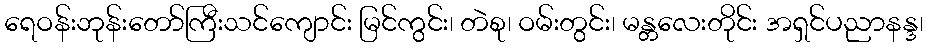
ရေဝန်းဘုန်းတော်ကြီးသင်ကျောင်း မြင်ကွင်း၊ တဲစု၊ ဝမ်းတွင်း၊ မန္တလေးတိုင်း အရှင်ပညာနန္ဒ၊